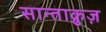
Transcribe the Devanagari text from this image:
सान्ताक्रुज़